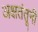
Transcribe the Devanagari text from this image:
अक्षतंतूनी